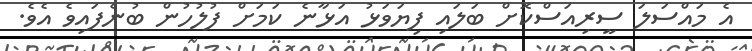
އެ މައްސަލަ ސީރިއަސްކޮށް ބަލައި ފިޔަވަޅު އަޅާނެ ކަމަށް ފުލުހުން ބުނެފައިވެ އެވެ.